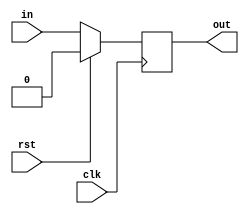
`timescale 1ns / 1ps
//////////////////////////////////////////////////////////////////////////////////
// Company: 
// Engineer: 
// 
// Design Name: 
// Module Name: dff_1
// Project Name: 
// Target Devices: 
// Tool Versions: 
// Description: 
// 
// Dependencies: 
// 
// Revision:
// Revision 0.01 - File Created
// Additional Comments:
// 
//////////////////////////////////////////////////////////////////////////////////


module dff_1(input in, input clk, input rst, output reg out);

always @(posedge clk)
    begin
        if(rst)
            begin
                out<=1'd0;         
            end
        else
            begin
                out<=in;
            end
    end
    
endmodule